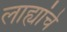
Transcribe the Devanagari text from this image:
लाह्यांचे